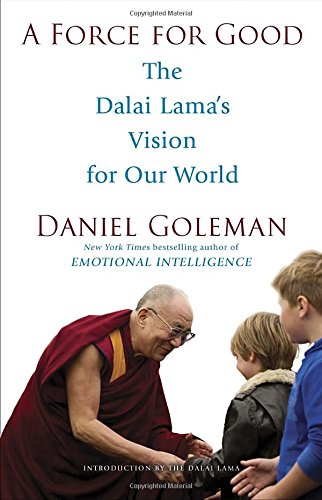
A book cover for A Force for Good: The Dalai Lama's Vision for Our World; Daniel Goleman; Religion & Spirituality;